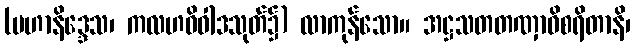
(မဟာနိဒ္ဒေသ၊ ကလဟဝိဝါဒသုတ်၌) လာကုန်သော။ အဋ္ဌသတတဏှာဝိစရိတာနိ၊